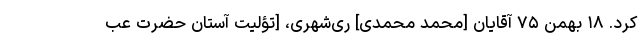
کرد. ۱۸ بهمن ۷۵ آقایان [محمد محمدی] ری‌شهری، [تؤلیت آستان حضرت عب